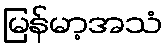
မြန်မာ့အသံ